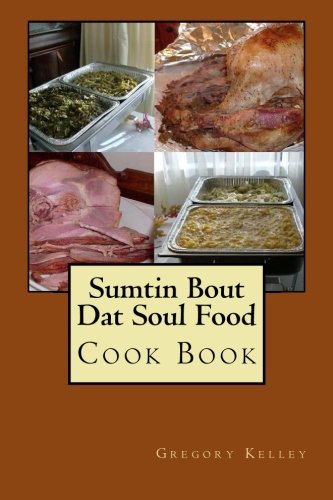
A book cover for Sumtin Bout Dat Soul Food: Cook Book; Gregory Kelley; Cookbooks, Food & Wine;